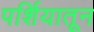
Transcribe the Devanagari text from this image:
पर्शियातून